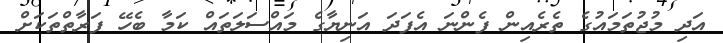
އަދި މުޖުތަމައުގެ ތެރެއިން ފެންނަ އެފަދަ އަނިޔާގެ މައްސަލަތައް ކަމާ ބެހޭ ފަރާތްތަކަށް